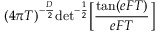
( 4 \pi T ) ^ { - { \frac { D } { 2 } } } \mathrm { d e t } ^ { - { \frac { 1 } { 2 } } } \biggl [ { \frac { \mathrm { t a n } ( e F T ) } { e F T } } \biggr ] \quad \,